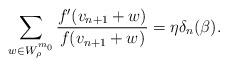
LaTeX: \begin{align*}\sum_{w \in W_{\rho}^{m_0}} \dfrac{f'(v_{n+1} +w)}{f(v_{n+1} +w)} = \eta \delta_n(\beta).\end{align*}